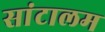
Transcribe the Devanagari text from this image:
सांटालम